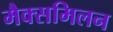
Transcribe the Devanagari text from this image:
मैक्समिलन